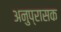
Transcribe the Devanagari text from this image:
अनुप्रासक